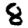
Digit: 8